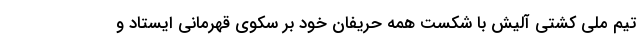
تیم ملی کشتی آلیش با شکست همه حریفان خود بر سکوی قهرمانی ایستاد و